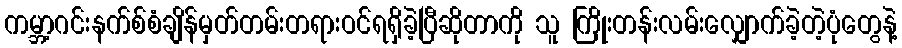
ကမ္ဘာ့ဂင်းနက်စ်စံချိန်မှတ်တမ်းတရားဝင်ရရှိခဲ့ပြီဆိုတာကို သူ ကြိုးတန်းလမ်းလျှောက်ခဲ့တဲ့ပုံတွေနဲ့